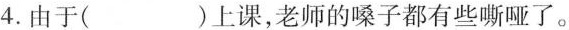
4.由于( )上课，老师的嗓子都有些嘶哑了。